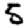
Digit: 5